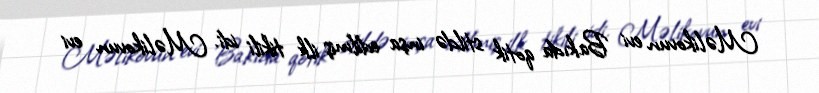
Məlikovun evi Bakıda qotik stildə inşa edilmiş ilk tikili idi. Məlikovun evi